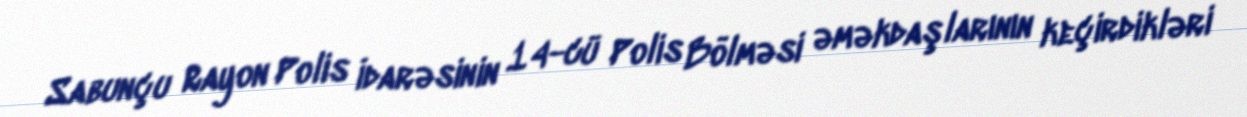
Sabunçu Rayon Polis İdarəsinin 14-cü Polis Bölməsi əməkdaşlarının keçirdikləri